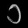
Digit: ၁